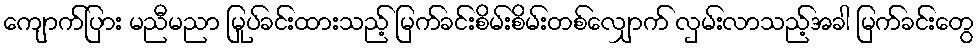
ကျောက်ပြား မညီမညာ မြုပ်ခင်းထားသည့် မြက်ခင်းစိမ်းစိမ်းတစ်လျှောက် လှမ်းလာသည့်အခါ မြက်ခင်းတွေ